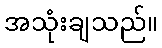
အသုံးချသည်။